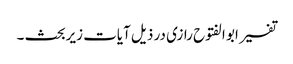
تفسیر ابو الفتوح رازی در ذیل آیات زیربحث ۔